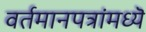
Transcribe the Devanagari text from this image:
वर्तमानपत्रांमध्यॆ